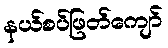
နယ်စပ်ဖြတ်ကျော်